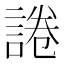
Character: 𰴽